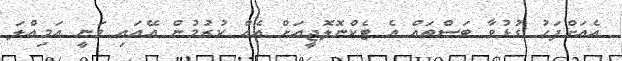
އެއަށްފަހު ގުޅުވާ ބަސްތައް އެ ޓެކްނޮލޮޖީއަށް އެއް ކުރުމުން އޭއައި ވަނީ އަމިއްލަ